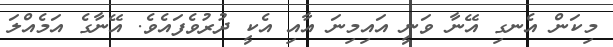
މިކަން އެނގި އޭނާ ވަނީ އައިމިނަ އާއި އެކީ ދުރުވެފައެވެ. އޭނާގެ އަމެއްލަ